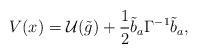
LaTeX: \begin{align*}V(x) = \mathcal{U}(\tilde{g}) + \frac{1}{2}\tilde{b}_a \Gamma^{-1} \tilde{b}_a,\end{align*}